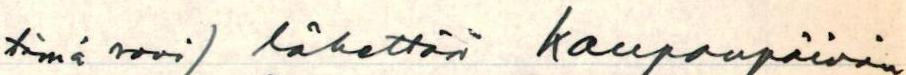
tämä sovi) lähettää kaupanpäivän